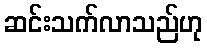
ဆင်းသက်လာသည်ဟု